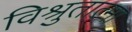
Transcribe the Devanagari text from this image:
विश्रुतात्मा